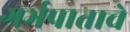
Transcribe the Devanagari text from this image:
गर्भपाताचे